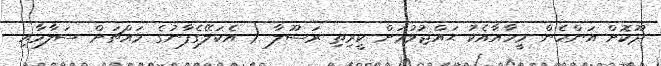
ދޫކޮށް އަންހެން މީހާއާއެކު ޙައްޖުވުމަށް ކީރިތި ރަސޫލާ ( އެކަލޭގެފާނުގެ މައްޗަށް ސަލާމާއި